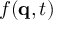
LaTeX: f ( \mathbf { q } , t )